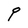
Character: P